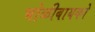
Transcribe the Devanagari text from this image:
भोळीबायको